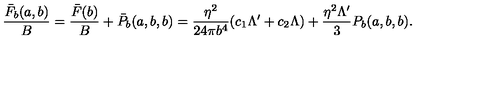
\frac { \bar { F } _ { b } ( a , b ) } { B } = \frac { \bar { F } ( b ) } { B } + \bar { P } _ { b } ( a , b , b ) = \frac { \eta ^ { 2 } } { 2 4 \pi b ^ { 4 } } ( c _ { 1 } \Lambda ^ { \prime } + c _ { 2 } \Lambda ) + \frac { \eta ^ { 2 } \Lambda ^ { \prime } } { 3 } P _ { b } ( a , b , b ) .